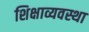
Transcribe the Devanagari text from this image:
शिक्षाव्यवस्था